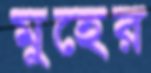
মুহের